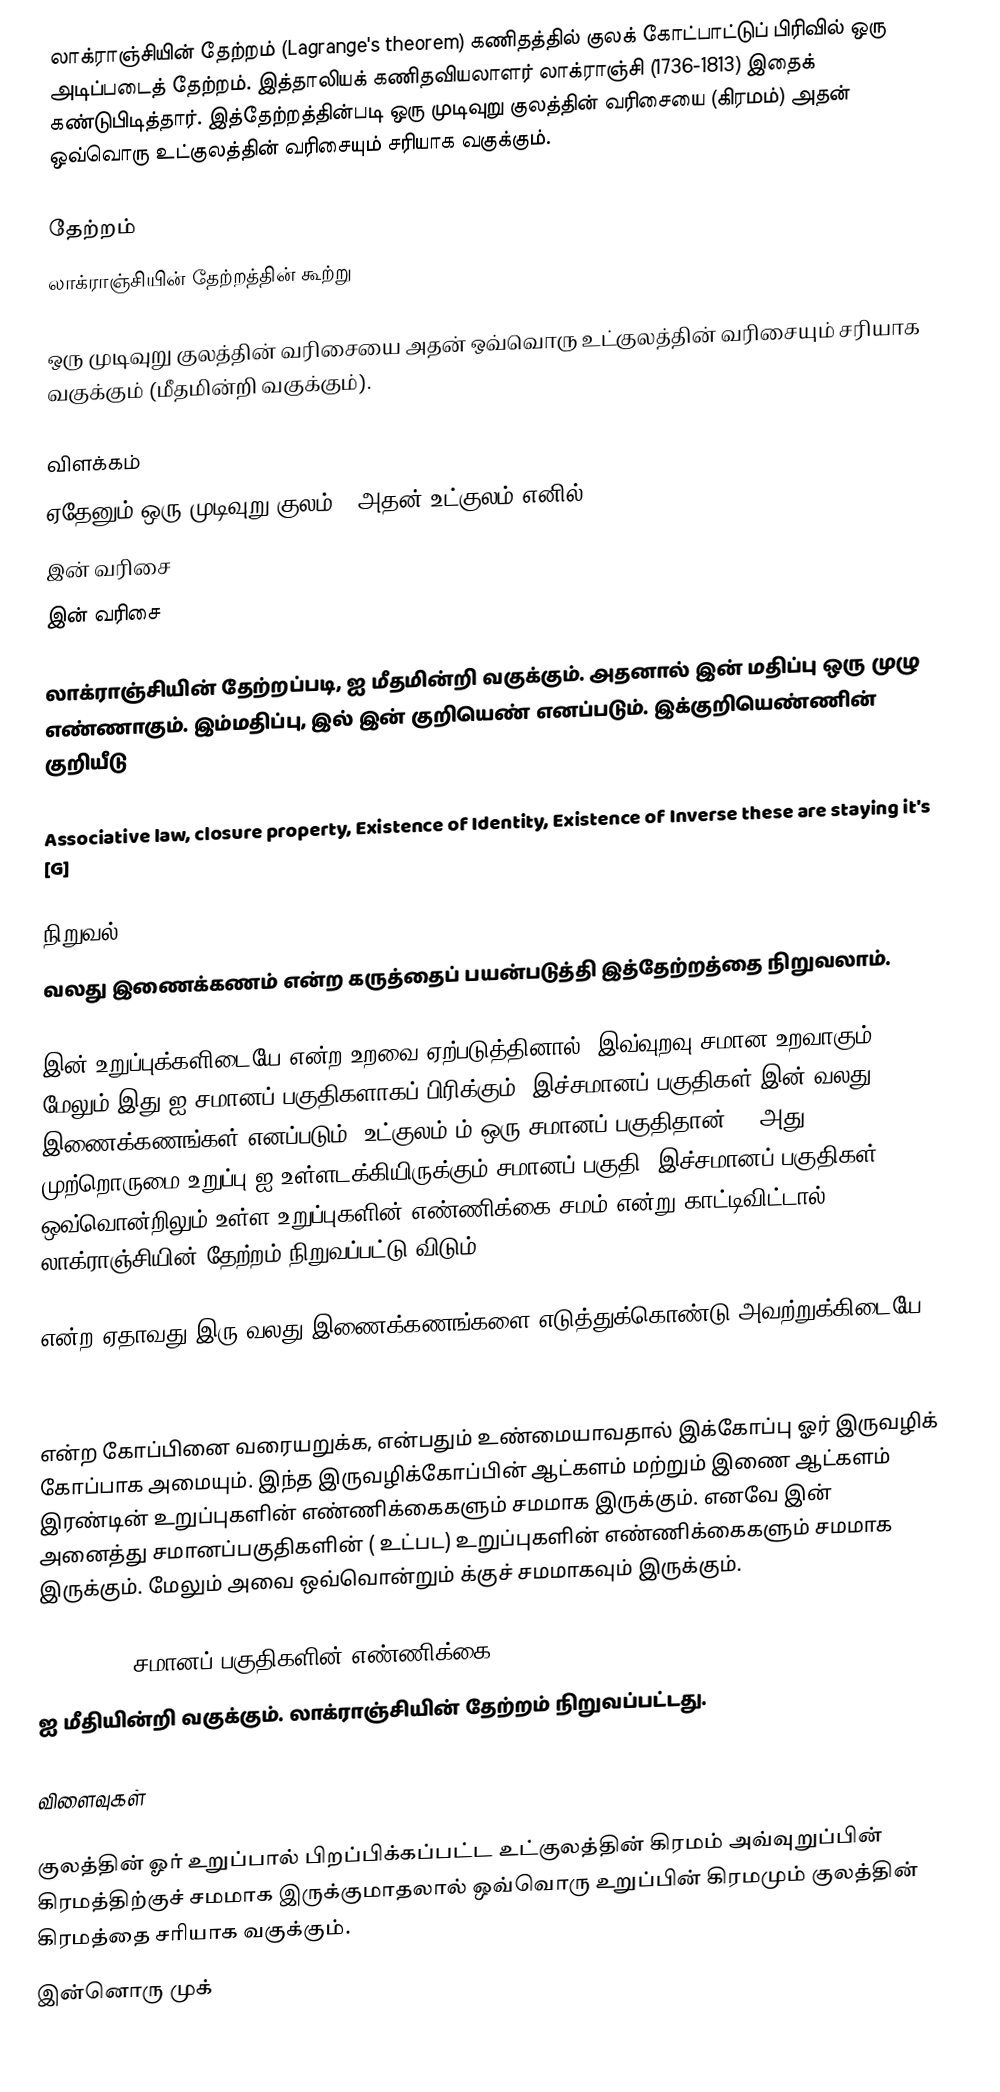
லாக்ராஞ்சியின் தேற்றம் (Lagrange's theorem) கணிதத்தில் குலக் கோட்பாட்டுப் பிரிவில் ஒரு அடிப்படைத் தேற்றம். இத்தாலியக் கணிதவியலாளர் லாக்ராஞ்சி (1736-1813) இதைக் கண்டுபிடித்தார். இத்தேற்றத்தின்படி ஒரு முடிவுறு குலத்தின் வரிசையை (கிரமம்) அதன் ஒவ்வொரு உட்குலத்தின் வரிசையும் சரியாக வகுக்கும்.

தேற்றம்
லாக்ராஞ்சியின் தேற்றத்தின் கூற்று

ஒரு முடிவுறு குலத்தின் வரிசையை அதன் ஒவ்வொரு உட்குலத்தின் வரிசையும் சரியாக வகுக்கும் (மீதமின்றி வகுக்கும்).

விளக்கம்
ஏதேனும் ஒரு முடிவுறு குலம் ; அதன் உட்குலம்  எனில்,
இன் வரிசை
 இன் வரிசை

லாக்ராஞ்சியின் தேற்றப்படி,  ஐ  மீதமின்றி வகுக்கும். அதனால்  இன் மதிப்பு ஒரு முழு எண்ணாகும். இம்மதிப்பு,  இல்  இன் குறியெண் எனப்படும். இக்குறியெண்ணின் குறியீடு

   Associative law, closure property, Existence of Identity, Existence of Inverse these are staying it's [G]

நிறுவல்
வலது இணைக்கணம் என்ற கருத்தைப் பயன்படுத்தி இத்தேற்றத்தை நிறுவலாம்.

 இன் உறுப்புக்களிடையே  என்ற உறவை ஏற்படுத்தினால், இவ்வுறவு சமான உறவாகும். மேலும் இது  ஐ சமானப் பகுதிகளாகப் பிரிக்கும். இச்சமானப் பகுதிகள்  இன் வலது இணைக்கணங்கள் எனப்படும். உட்குலம்  ம் ஒரு சமானப் பகுதிதான் -- அது முற்றொருமை உறுப்பு  ஐ உள்ளடக்கியிருக்கும் சமானப் பகுதி. இச்சமானப் பகுதிகள் ஒவ்வொன்றிலும் உள்ள உறுப்புகளின் எண்ணிக்கை சமம் என்று காட்டிவிட்டால், லாக்ராஞ்சியின் தேற்றம் நிறுவப்பட்டு விடும்.

 என்ற ஏதாவது இரு வலது இணைக்கணங்களை எடுத்துக்கொண்டு அவற்றுக்கிடையே,

என்ற கோப்பினை வரையறுக்க,        என்பதும் உண்மையாவதால் இக்கோப்பு ஓர் இருவழிக் கோப்பாக அமையும். இந்த இருவழிக்கோப்பின் ஆட்களம்  மற்றும் இணை ஆட்களம்  இரண்டின் உறுப்புகளின் எண்ணிக்கைகளும் சமமாக இருக்கும். எனவே  இன் அனைத்து சமானப்பகுதிகளின் ( உட்பட) உறுப்புகளின் எண்ணிக்கைகளும் சமமாக இருக்கும். மேலும் அவை ஒவ்வொன்றும்  க்குச் சமமாகவும் இருக்கும்.

 ([G : H] = சமானப் பகுதிகளின் எண்ணிக்கை.)
 ஐ  மீதியின்றி வகுக்கும். லாக்ராஞ்சியின் தேற்றம் நிறுவப்பட்டது.

விளைவுகள்

 குலத்தின் ஓர் உறுப்பால் பிறப்பிக்கப்பட்ட உட்குலத்தின் கிரமம் அவ்வுறுப்பின் கிரமத்திற்குச் சமமாக இருக்குமாதலால் ஒவ்வொரு உறுப்பின் கிரமமும் குலத்தின் கிரமத்தை சரியாக வகுக்கும்.
 இன்னொரு முக்